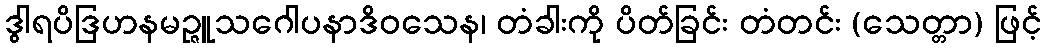
ဒွါရပိဒြဟနမဉ္ဇူသဂေါပနာဒိဝသေန၊ တံခါးကို ပိတ်ခြင်း တံတင်း (သေတ္တာ) ဖြင့်